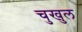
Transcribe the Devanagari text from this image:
चुखुल